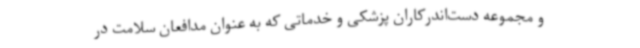
و مجموعه دست‌اندرکاران پزشکی و خدماتی که به عنوان مدافعان سلامت در